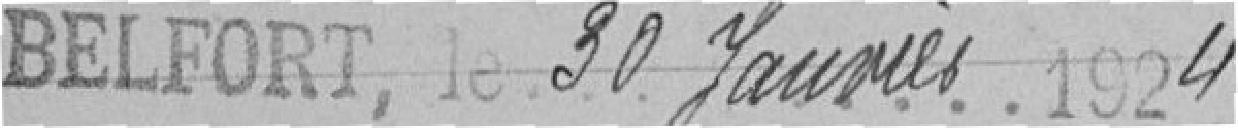
Belfort le 30 janvier 1924